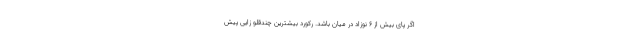
اگر پای بیش از 6 نوزاد در میان باشد. رکورد بیشترین چندقلو زایی پیش